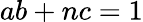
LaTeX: ab+nc=1